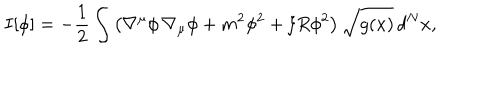
I [ \phi ] = - { \frac { 1 } { 2 } } \int \left( \nabla ^ { \mu } \phi \, \nabla _ { \mu } \phi + m ^ { 2 } \phi ^ { 2 } + \xi R \phi ^ { 2 } \right) \sqrt { g ( x ) } \, d ^ { N } x ,